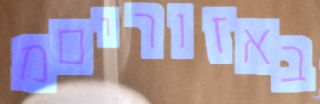
באזוריםמ